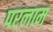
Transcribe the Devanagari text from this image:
परलाम